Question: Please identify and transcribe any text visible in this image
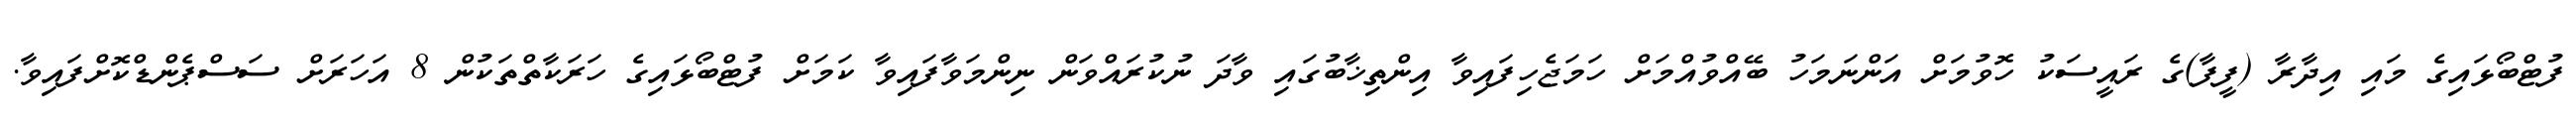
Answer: ފުޓްބޯޅައިގެ މައި އިދާރާ (ފީފާ)ގެ ރައީސަކު ހޮވުމަށް އަންނަމަހު ބޭއްވުއްމަށް ހަމަޖެހިފައިވާ އިންތިޚާބުގައި ވާދަ ނުކުރައްވަން ނިންމަވާފައިވާ ކަމަށް ފުޓްބޯޅައިގެ ހަރަކާތްތަކުން 8 އަހަރަށް ސަސްޕެންޑްކޮށްފައިވާ.